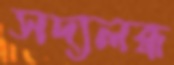
সদ্যলব্ধ